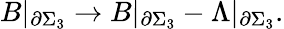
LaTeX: B|_{\partial\Sigma_{3}}\rightarrow B|_{\partial\Sigma_{3}}-\Lambda|_{\partial\Sigma_{3}}.